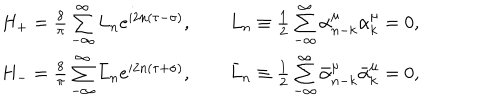
\begin{array} { l } { { \qquad H _ { + } = \frac { 8 } { \pi } \sum _ { - \infty } ^ { \infty } L _ { n } e ^ { i 2 n ( \tau - \sigma ) } , \qquad L _ { n } \equiv \frac 1 2 \sum _ { - \infty } ^ { \infty } \alpha _ { n - k } ^ { \mu } \alpha _ { k } ^ { \mu } = 0 , } } \\ { { \qquad H _ { - } = \frac { 8 } { \pi } \sum _ { - \infty } ^ { \infty } \bar { L } _ { n } e ^ { i 2 n ( \tau + \sigma ) } , \qquad \bar { L } _ { n } \equiv \frac 1 2 \sum _ { - \infty } ^ { \infty } \bar { \alpha } _ { n - k } ^ { \mu } \bar { \alpha } _ { k } ^ { \mu } = 0 , } } \\ \end{array}